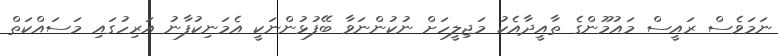
ނަމަވެސް ރައީސް މައުމޫންގެ ތާއީދާއެކު މަޖިލީހަށް ނުކުންނަވާ ބޭފުޅުންނަކީ އެމަނިކުފާނު އަރިހުގައި މަސައްކަތް